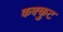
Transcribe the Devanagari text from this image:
कक्कुट